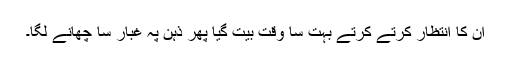
ان کا انتظار کرتے کرتے بہت سا وقت بیت گیا پھر ذہن پہ غبار سا چھانے لگا۔